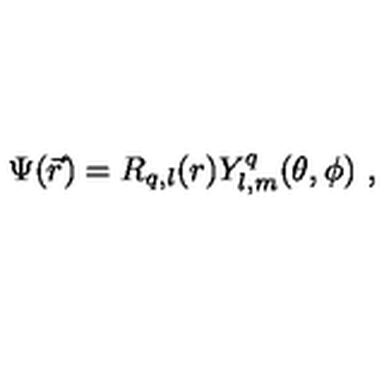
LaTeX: \Psi ( \vec { r } ) = R _ { q , l } ( r ) Y _ { l , m } ^ { q } ( \theta , \phi ) \ ,